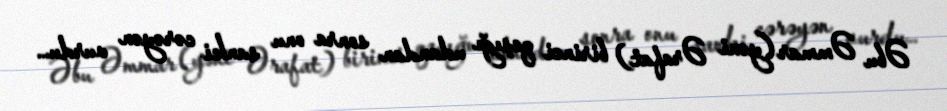
Əbu Əmmar (yəni Ərafat) birinci qaşığı udandan sonra onu sanki cərəyən vurdu…